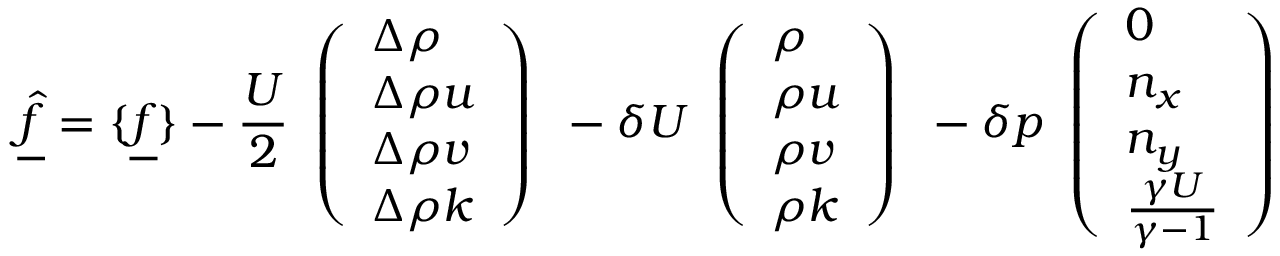
\underline { { \hat { f } } } = \{ \underline { { f } } \} - \frac { U } { 2 } \begin{array} { l } { \left( \begin{array} { l } { \Delta \rho } \\ { \Delta \rho u } \\ { \Delta \rho v } \\ { \Delta \rho k } \end{array} \right) } \end{array} - \delta U \begin{array} { l } { \left( \begin{array} { l } { \rho } \\ { \rho u } \\ { \rho v } \\ { \rho k } \end{array} \right) } \end{array} - \delta p \begin{array} { l } { \left( \begin{array} { l } { 0 } \\ { n _ { x } } \\ { n _ { y } } \\ { \frac { \gamma U } { \gamma - 1 } } \end{array} \right) } \end{array}